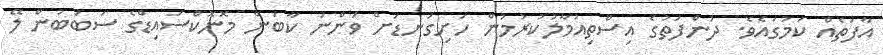
އާފަތެއް ކަމުގައެވެ. ދުންފަތުގެ އިސްތިއުމާލުކުރުމުން ހަށިގަނޑަށް ވަންނަ ކާބަން މޮނޮކްސައިޑްގެ ސަބަބުން ލޭ